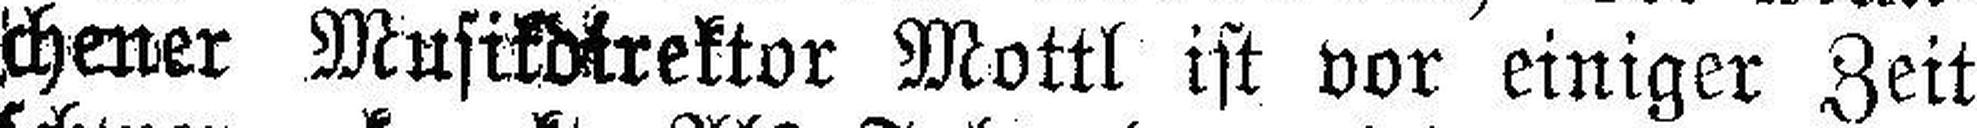
chener Musikdirektor Mottl ist vor einiger Zeit